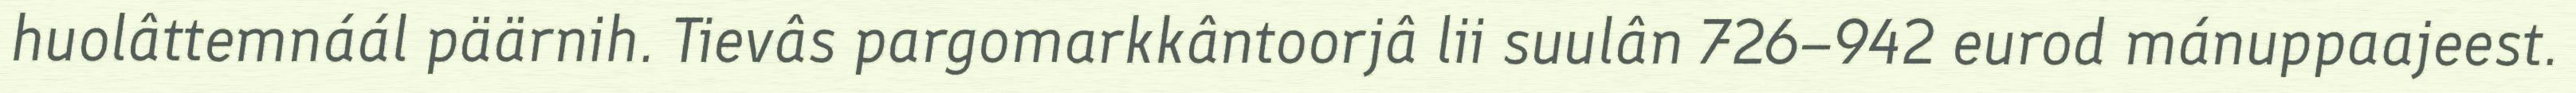
huolâttemnáál päärnih. Tievâs pargomarkkântoorjâ lii suulân 726–942 eurod mánuppaajeest.